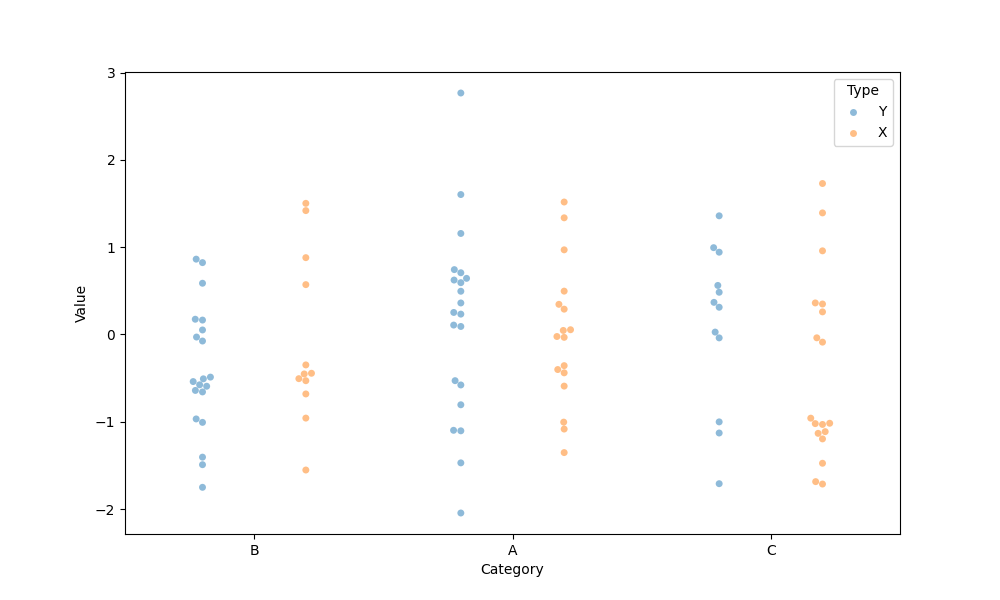
python, seaborn, swarmplot, dodge=True, alpha=0.5, size=5